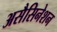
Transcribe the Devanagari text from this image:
असैसिनेशन